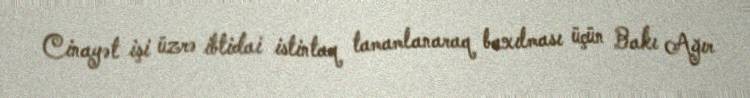
Cinayət işi üzrə ibtidai istintaq tamamlanaraq baxılması üçün Bakı Ağır